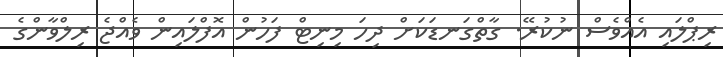
ރިޕްލައި އެއްވެސް ނުކުރޭ. ގާތްގަނޑަަކަށް ދިހަ މިނިޓް ފަހުން އޮފްލައިން ވެއްޖެ ރިލްވާންގެ